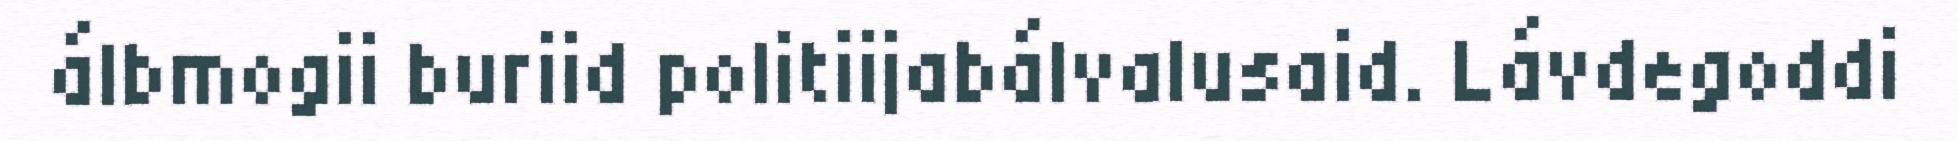
álbmogii buriid politiijabálvalusaid. Lávdegoddi